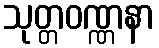
သုတ္တဝဏ္ဏနာ